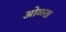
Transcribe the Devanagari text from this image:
आेळख